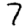
Digit: 7